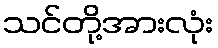
သင်တို့အားလုံး